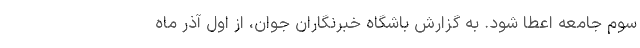
سوم جامعه اعطا شود. به گزارش باشگاه خبرنگاران جوان، از اول آذر ماه